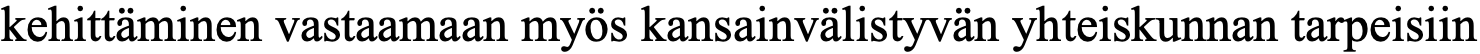
kehittäminen vastaamaan myös kansainvälistyvän yhteiskunnan tarpeisiin